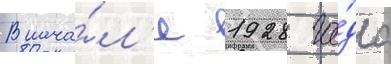
В нача́л'е 1928 го́да